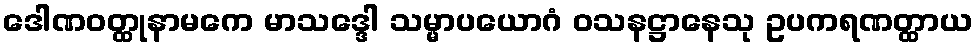
ဒေါဏဝတ္ထုနာမကေ မာသဒ္ဒေါ သမ္မာပယောဂံ ဝသနဋ္ဌာနေသု ဥပကရဏတ္ထာယ